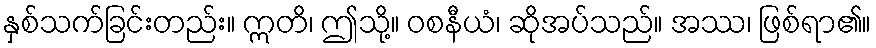
နှစ်သက်ခြင်းတည်း။ ဣတိ၊ ဤသို့။ ဝစနီယံ၊ ဆိုအပ်သည်။ အဿ၊ ဖြစ်ရာ၏။